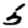
Digit: 5